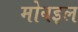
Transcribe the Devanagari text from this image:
मोबइल